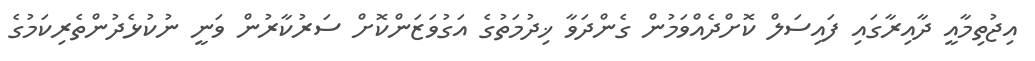
އިޖުތިމާއީ ދާއިރާގައި ފައިސަލް ކޮށްދެއްވަމުން ގެންދަވާ ޚިދުމަތުގެ އަގުވަޒަންކޮށް ސަރުކާރުން ވަނީ ނުކުޅެދުންތެރިކަމުގެ